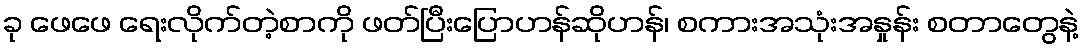
ခု ဖေဖေ ရေးလိုက်တဲ့စာကို ဖတ်ပြီးပြောဟန်ဆိုဟန်၊ စကားအသုံးအနှုန်း စတာတွေနဲ့